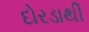
દોરડાથી